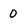
Character: 0